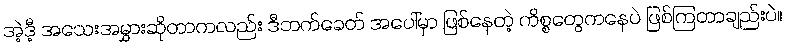
အဲ့ဒီ့ အသေးအမွှားဆိုတာကလည်း ဒီဘက်ခေတ် အပေါ်မှာ ဖြစ်နေတဲ့ ကိစ္စတွေကနေပဲ ဖြစ်ကြတာချည်းပဲ။